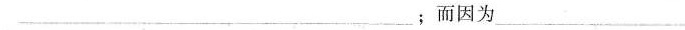
___；而因为_____